Annual report on the health of the army in India
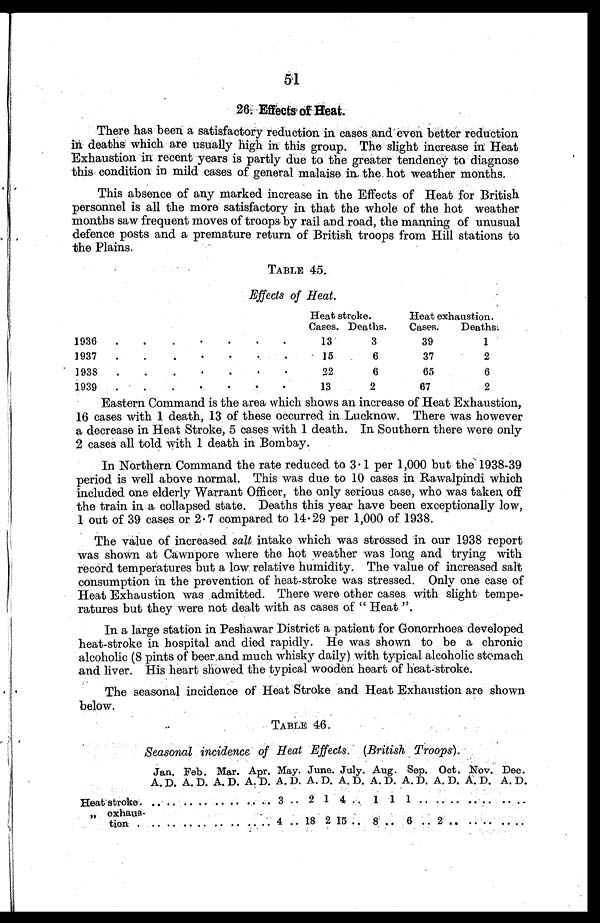
51
26. Effects of Heat.
There has been a satisfactory reduction in cases and even better reduction
in deaths which are usually high in this group. The slight increase in Heat
Exhaustion in recent years is partly due to the greater tendency to diagnose
this condition in mild cases of general malaise in the hot weather months.
This absence of any marked increase in the Effects of Heat for British
personnel is all the more satisfactory in that the whole of the hot weather
months saw frequent moves of troops. by rail and road, the manning of unusual
defence posts and a premature return of British troops from Hill stations to
the Plains.
TABLE 45.
Effects of Heat.
Heat stroke.
Heat exhaustion.
Cases. Deaths.
Cases.
Deaths:
1936
.
.
•
•
•
•
•
13
3
39
1
1937
.
.
•
•
•
.
.
15
6
37
2
1938
.
.
.
•
•
.
•
22
6
65
6
1939
.
.
.
. •
. •
13
2
67
2
Eastern Command is the area which shows an increase of Heat Exhaustion,
16 cases with 1 death, 13 of these occurred in Lucknow. There was however
a decrease in Heat Stroke, 5 cases with 1 death. In Southern there were only
2 cases all told with 1 death in Bombay.
In Northern Command the rate reduced to 3.1 per 1,000 but the 1938-39
period is well above normal. This was due to 10 cases in Rawalpindi which
included one elderly Warrant Officer, the only serious case, who was taken off
the train in a collapsed state. Deaths this year have been exceptionally low,
1 out of 39 cases or 2.7 compared to 14.29 per 1,000 of 1938.
The value of increased salt intake which was stressed in our 1938 report
was shown at Cawnpore where the hot weather was long and trying with
record temperatures but a low relative humidity. The value of increased salt
consumption in the prevention of heat-stroke was stressed. Only one case of
Heat Exhaustion was . admitted. There were other cases with slight tempe
ratures but they were not dealt with as cases of " Heat ".
In a large station in Peshawar District a patient for Gonorrhoea developed
heat-stroke in hospital and died rapidly. He was shown to be a chronic
alcoholic (8 pints of beer.and much whisky daily) with typical alcoholic stomach
and liver. His heart showed the typical wooden heart of heat-stroke.
The seasonal incidence of Heat Stroke and Heat Exhaustion are shown
below.
TABLE 46.
Seasonal incidence of Heat Effects. (British Troops).
Jan.
A. D.
Feb.
A. D.
Mar.
A. D.
Apr.
A. D.
May.
A. D.
June.
A. D.
July.
A. D.
Aug.
A. D.
Sep.
A. D.
Oct.
A.D.
Nov.
A. D.
Dec.
A. D.
Heat stroke. ..
. .
. . . .
. . . .
. . . . 3 .. 2 1 4 .. 1 1 1 .. .. ..
. . . .
. . . .
,, e x h a u s
tion.
. . . .
. . . .
. . . .
. . . . 4 .. 18 2 15 ..
8 . . 6 .. 2 ..
. . . .
. . . .